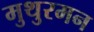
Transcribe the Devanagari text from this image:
मुथुरमन